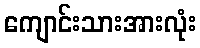
ကျောင်းသားအားလုံး